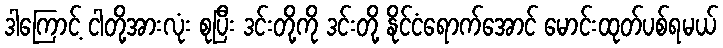
ဒါကြောင့် ငါတို့အားလုံး စုပြီး ဒင်းတို့ကို ဒင်းတို့ နိုင်ငံရောက်အောင် မောင်းထုတ်ပစ်ရမယ်